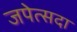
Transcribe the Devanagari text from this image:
जपेत्सदा